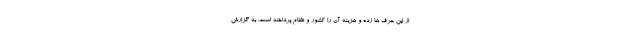
از این حرف ها زده و هزینه آن را کشور و نظام پرداخته است. به گزارش